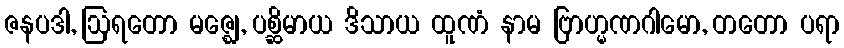
ဇနပဒါ, ဩရတော မဇ္ဈေ, ပစ္ဆိမာယ ဒိသာယ ထူဏံ နာမ ဗြာဟ္မဏဂါမော, တတော ပရာ